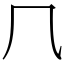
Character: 𠘨